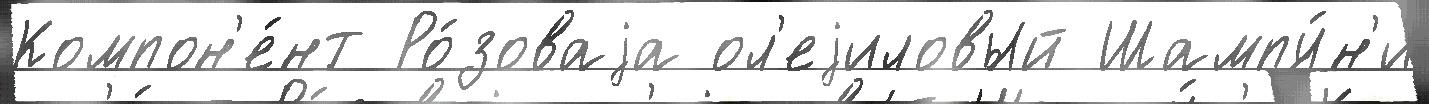
Компон'е́нт Ро́зоваjа ол'еjиловый Шампу́н'и